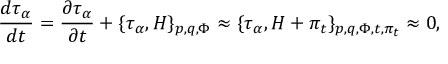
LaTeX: { \frac { d { \tau _ { \alpha } } } { d t } } = \frac { \partial \tau _ { \alpha } } { \partial t } + \{ \tau _ { \alpha } , H \} _ { p , q , \Phi } \approx \{ \tau _ { \alpha } , H + \pi _ { t } \} _ { p , q , \Phi , t , \pi _ { t } } \approx 0 ,